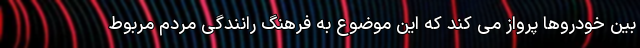
بین خودروها پرواز می کند که این موضوع به فرهنگ رانندگی مردم مربوط